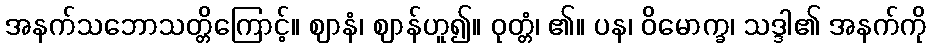
အနက်သဘောသတ္တိကြောင့်။ ဈာနံ၊ ဈာန်ဟူ၍။ ဝုတ္တံ၊ ၏။ ပန၊ ဝိမောက္ခ၊ သဒ္ဒါ၏ အနက်ကို